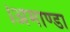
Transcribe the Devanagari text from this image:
।अमाण्डा